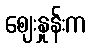
ဈေးနှုန်းက